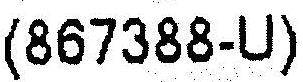
(867388-U)